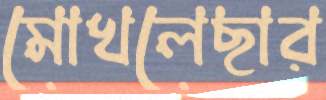
মোখলেছার